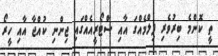
ތީ ކޮންމެ ބިރުވެރި ފިލްމެއްގަ އާއި ސްޓޯރީއެއްގައި ޖިންނި ކުއްޖާ އާއި ހީރޯ